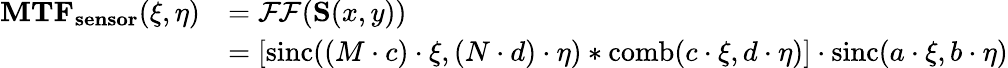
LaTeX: {\begin{array}{rl}{\mathbf{MTF_{sensor}}(\xi,\eta)}&{={\mathcal{FF}}(\mathbf{S}(x,y))}\\ &{=[\operatorname{sinc}((M\cdot c)\cdot\xi,(N\cdot d)\cdot\eta)*\operatorname{comb}(c\cdot\xi,d\cdot\eta)]\cdot\operatorname{sinc}(a\cdot\xi,b\cdot\eta)}\end{array}}